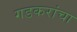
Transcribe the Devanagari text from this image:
गडकरांचा